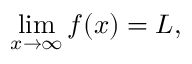
\operatorname* { l i m } _ { x \to \infty } f ( x ) = L ,